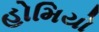
હોમિયો